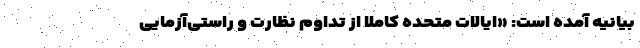
بیانیه آمده است: «ایالات متحده کاملا از تداوم نظارت و راستی‌آزمایی